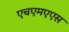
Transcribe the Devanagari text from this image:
एचएमएएस